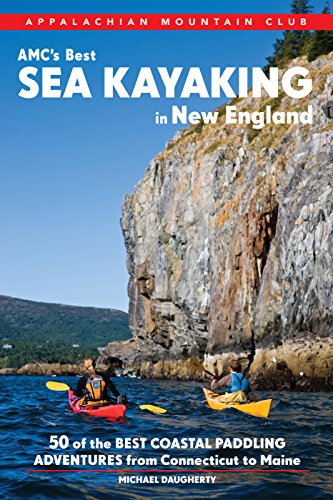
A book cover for AMC's Best Sea Kayaking in New England: 50 of the Best Coastal Paddling Adventures From Connecticut to Maine; Michael Daugherty; Sports & Outdoors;